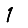
Digit: 1